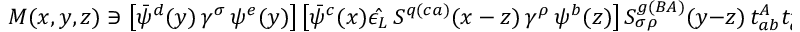
{ \cal M } ( x , y , z ) \ni \left[ \bar { \psi } ^ { d } ( y ) \, \gamma ^ { \sigma } \, \psi ^ { e } ( y ) \right] \left[ \bar { \psi } ^ { c } ( x ) \hat { \epsilon _ { L } } \, S ^ { q ( c a ) } ( x - z ) \, \gamma ^ { \rho } \, \psi ^ { b } ( z ) \right] S _ { \sigma \rho } ^ { g ( B A ) } ( y - z ) \, t _ { a b } ^ { A } t _ { d e } ^ { B } .